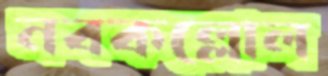
নবকল্লোল